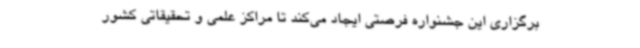
برگزاری این جشنواره فرصتی ایجاد می‌کند تا مراکز علمی و تحقیقاتی کشور